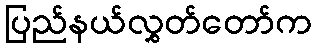
ပြည်နယ်လွှတ်တော်က